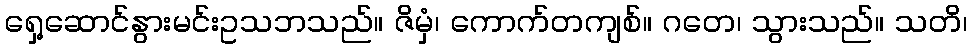
ရှေ့ဆောင်နွားမင်းဥသဘသည်။ ဇိမှံ၊ ကောက်တကျစ်။ ဂတေ၊ သွားသည်။ သတိ၊